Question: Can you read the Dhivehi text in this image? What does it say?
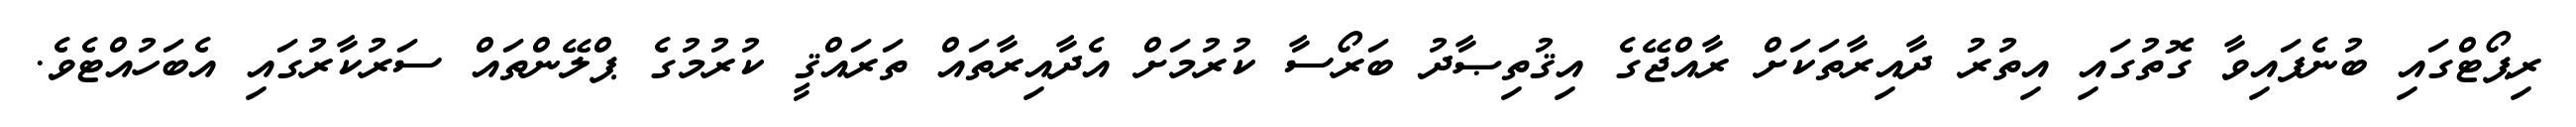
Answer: ރިޕޯޓްގައި ބުނެފައިވާ ގޮތުގައި އިތުރު ދާއިރާތަކަށް ރާއްޖޭގެ އިޤުތިޞާދު ބަރޯސާ ކުރުމަށް އެދާއިރާތައް ތަރައްޤީ ކުރުމުގެ ޕްލޭންތައް ސަރުކާރުގައި އެބަހުއްޓެވެ.